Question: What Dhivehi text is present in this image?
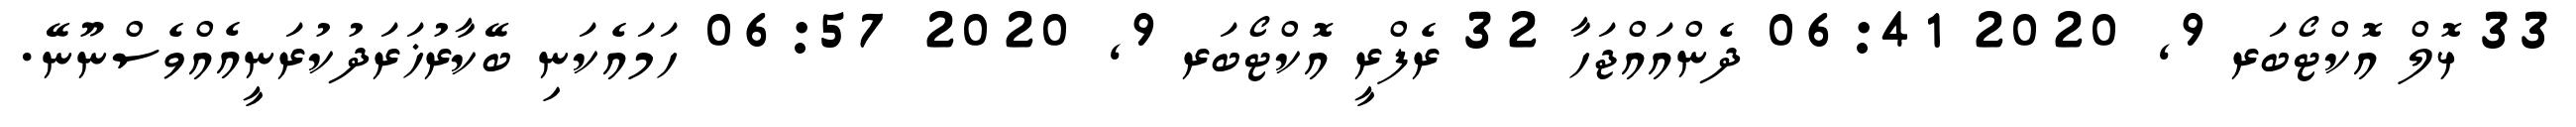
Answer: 33 ޅޮލް އޮކްޓޯބަރ 9, 2020 06:41 ދެންއައްޖަހާ 32 ރެފްރީ އޮކްޓޯބަރ 9, 2020 06:57 ހަމައެކަނި ބޭކާރުޚަރަދުކުރަނީއެއްވެސްނޫނޭ.